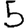
Digit: 5